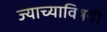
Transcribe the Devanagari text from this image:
ज्याच्याविषयी